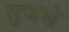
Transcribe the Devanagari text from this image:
सुजणे